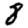
Digit: 8